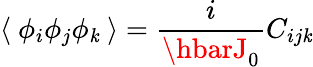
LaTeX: \langle~\phi_{i}\phi_{j}\phi_{\mathit{k}}~\rangle=\frac{{i}}{{\hbarJ_{0}}}C_{ij\mathit{k}}